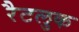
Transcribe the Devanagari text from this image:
रैटलुक